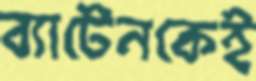
ব্যাটেনকেই